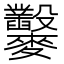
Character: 𪎇